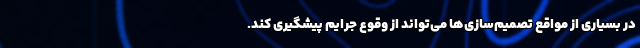
در بسیاری از مواقع تصمیم‌سازی‌ها می‌تواند از وقوع جرایم پیشگیری کند.